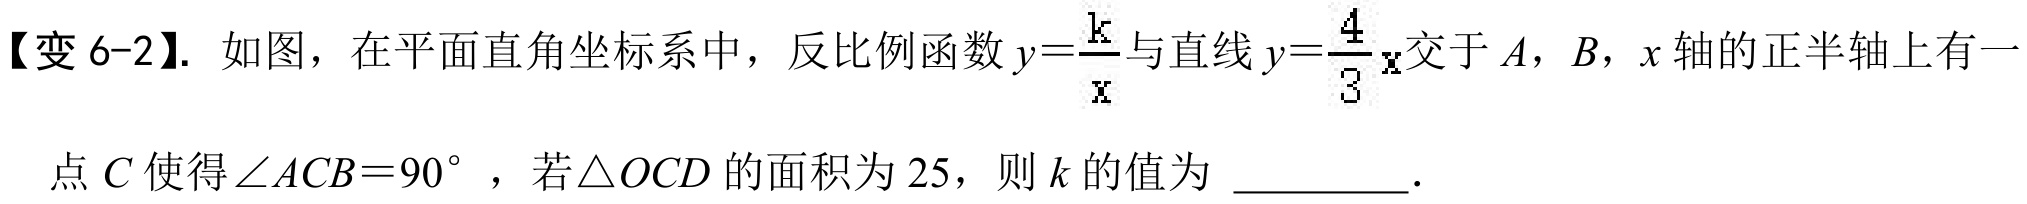
【变 6-2】. 如图，在平面直角坐标系中，反比例函数 \(y = \dfrac{k}{x}\) 与直线 \(y=\dfrac{4}{3}x\) 交于 \(A\)，\(B\)，\(x\) 轴的正半轴上有一
点 \(C\) 使得 \(\angle ACB = 90^{\circ}\) ，若 \(\triangle OCD\) 的面积为 \(25\)，则 \(k\) 的值为 _________．